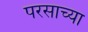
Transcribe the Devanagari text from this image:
परसाच्या